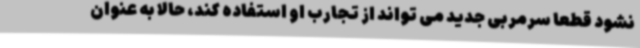
نشود قطعا سرمربی جدید می تواند از تجارب او استفاده کند، حالا به عنوان